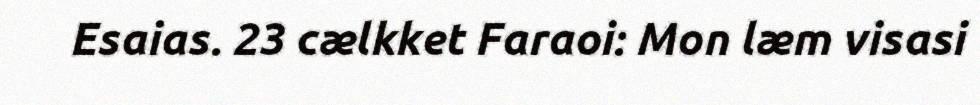
Esaias. 23 cælkket Faraoi: Mon læm visasi